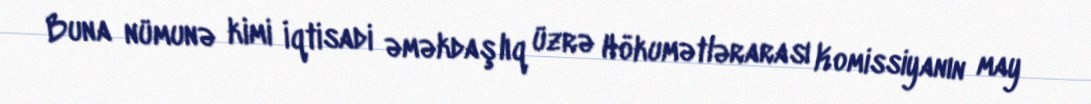
Buna nümunə kimi İqtisadi əməkdaşlıq üzrə Hökumətlərarası Komissiyanın may